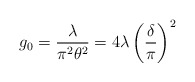
\begin{align*}g_0= {\frac{\lambda}{\pi^2 \theta^2}}=4 \lambda\left(\frac{\delta}{\pi}\right)^2\end{align*}